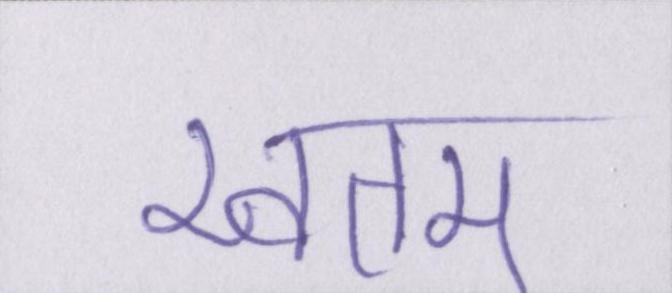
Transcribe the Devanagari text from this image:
खतम